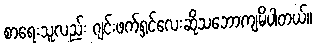
စာရေးသူလည်း ဂျင်းဖက်ရှင်လေးဆိုသဘောကျမိပါတယ်။